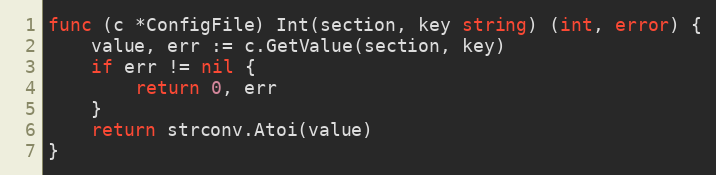
Language: Go
func (c *ConfigFile) Int(section, key string) (int, error) {
	value, err := c.GetValue(section, key)
	if err != nil {
		return 0, err
	}
	return strconv.Atoi(value)
}